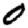
Digit: 0